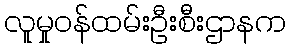
လူမှုဝန်ထမ်းဦးစီးဌာနက